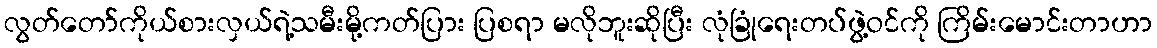
လွတ်တော်ကိုယ်စားလှယ်ရဲ့သမီးမို့ကတ်ပြား ပြစရာ မလိုဘူးဆိုပြီး လုံခြုံရေးတပ်ဖွဲ့ဝင်ကို ကြိမ်းမောင်းတာဟာ